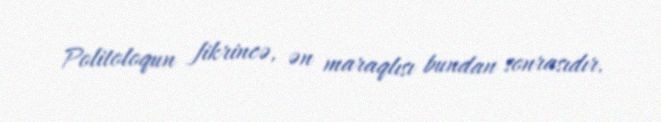
Politoloqun fikrincə, ən maraqlısı bundan sonrasıdır.